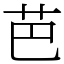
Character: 芭